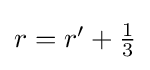
{\textstyle r=r'+{\frac {1}{3}}}